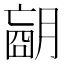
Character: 𦟁